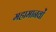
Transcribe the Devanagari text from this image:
महामानवों